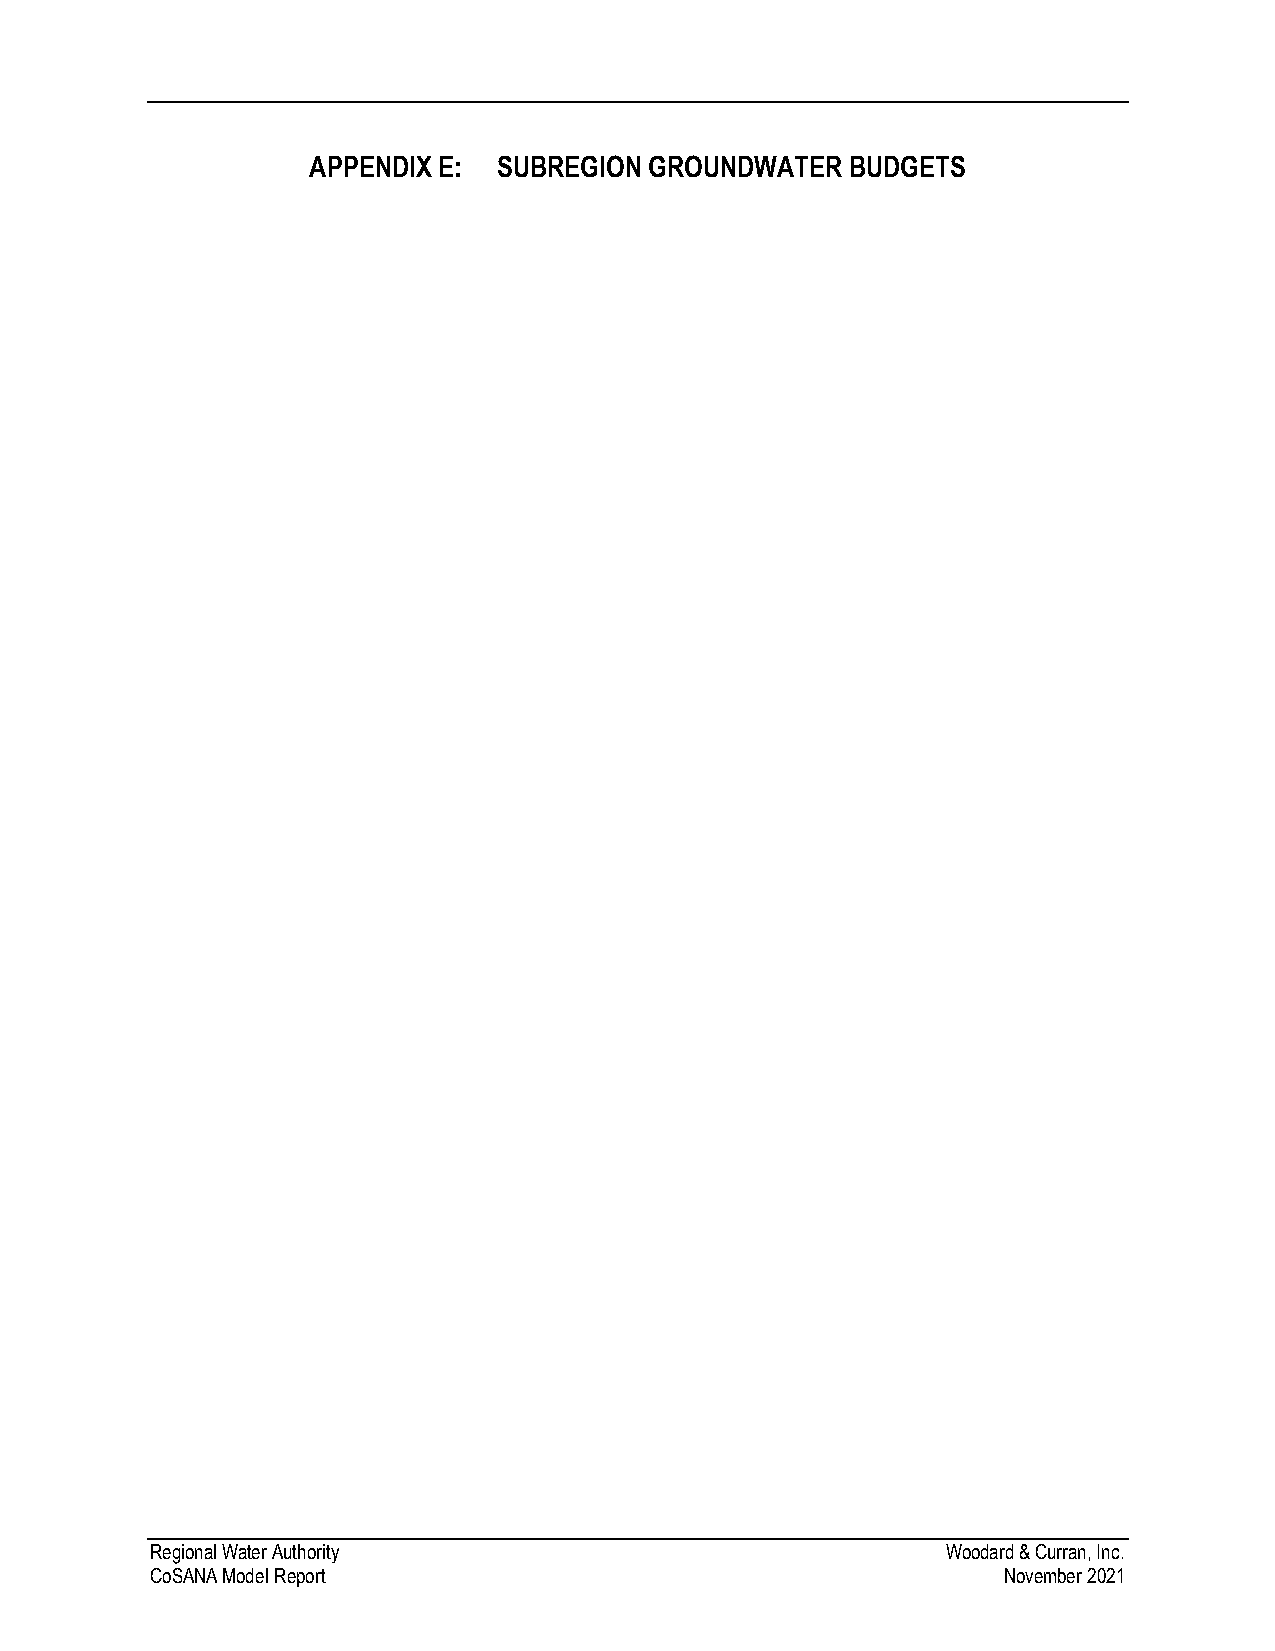
APPENDIX E:  SUBREGION GROUNDWATER  BUDGETS
 Regional Water Authority                             Woodard & Curran, Inc.
 CoSANA Model Report                                     November 2021